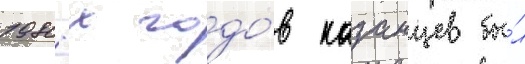
1980-х годо́в казанцев бы́л